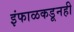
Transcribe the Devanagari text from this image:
इंफाळकडूनही